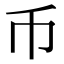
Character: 币